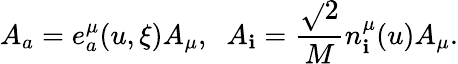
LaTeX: A_{a}=e_{a}^{\mu}(u,\xi)A_{\mu},\; \; A_{\mathbf{i}}=\frac{{\sqrt{}{{2}}}}{{M}}n_{\mathbf{i}}^{\mu}(u)A_{\mu}.